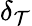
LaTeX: \delta_{\mathcal{T}}